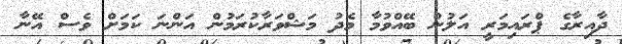
ދާއިރާގެ ޕްރައިމަރީ އަލުން ބޭއްވުމާ މެދު މަޝްވަރާކުރަމުން އަންނަ ކަމަށް ވެސް އޭނާ